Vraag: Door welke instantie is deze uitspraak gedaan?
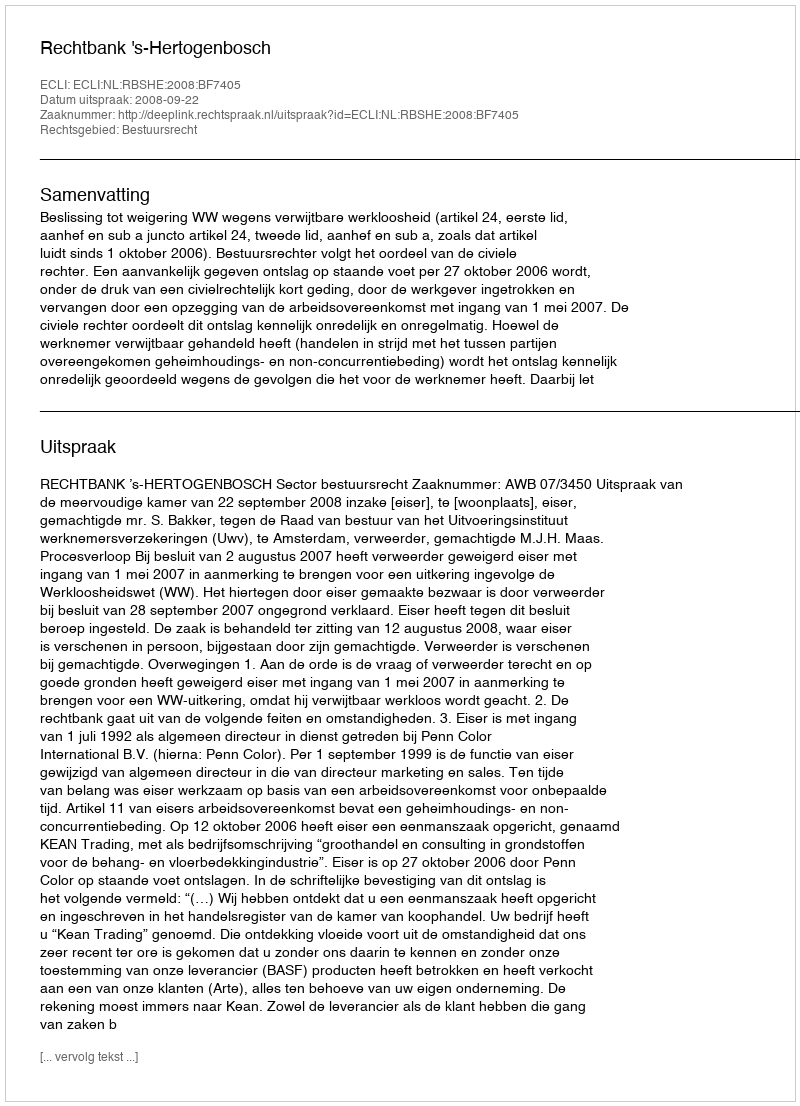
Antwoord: Rechtbank 's-Hertogenbosch